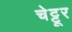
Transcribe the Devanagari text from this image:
चेट्टूर